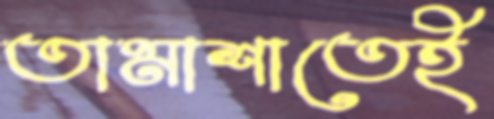
তামাশাতেই